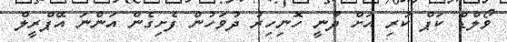
ވޯލްޑް ކަޕް ކުރި އަށް ދާނީ ހޮނިހިރު ދުވަހުން ފެށިގެން އަންނަ އޭޕްރީލް